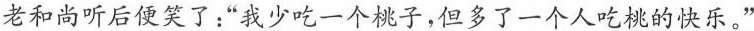
老和尚听后便笑了；“我少吃一个桃子，但多了一个人吃桃的快乐。”